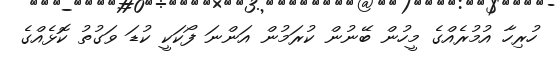
ހުރިހާ އުމުރެއްގެ މީހުން ބޭނުން ކުރަމުން އަންނަ ފޯކަކީ ކުޑަ ވަގުތު ކޮޅެއްގެ